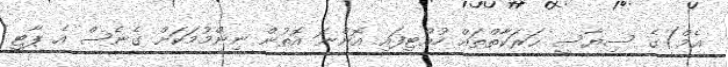
އެމް)ގެ ސިޔާސީ ޙަރަކާތްތައް ހުއްޓިފައި އޮންނަ އޮތުން ނިންމުމަކަށް ގެނެސް އެ ޕާޓީ